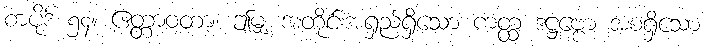
စာပိုဒ် ၅၄။ ဧတ္တာဝတာ၊ ဤမျှ အတိုင်းအရှည်ရှိသော ကတ္ထ ဒဋ္ဌဗ္ဗော အစရှိသော